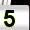
Digit: 5